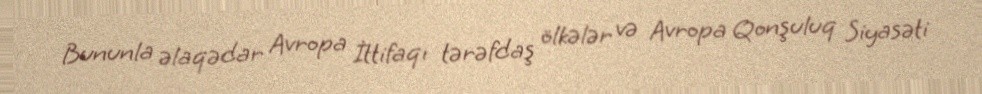
Bununla əlaqədar Avropa İttifaqı tərəfdaş ölkələr və Avropa Qonşuluq Siyasəti